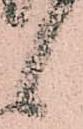
候